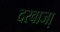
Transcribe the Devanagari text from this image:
दरवाजा़